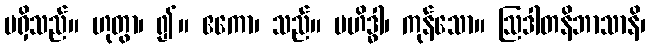
မရှိသည်။ ဟုတွာ၊ ၍။ ဧကော၊ သည်။ ဗဟိဒ္ဓါ၊ ကုန်သော။ ဩဒါတနိဘာသာနိ၊